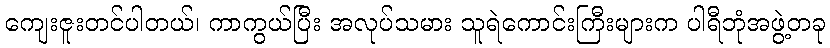
ကျေးဇူးတင်ပါတယ်၊ ကာကွယ်ပြီး အလုပ်သမား သူရဲကောင်းကြီးများက ပါရီဘုံအဖွဲ့တခု